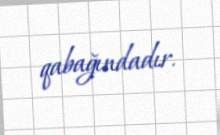
qabağındadır.